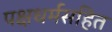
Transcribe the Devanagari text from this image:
पक्षधर्मसहित